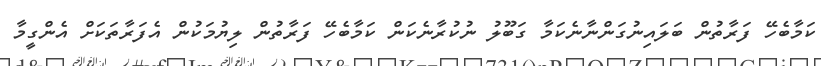
ކަމާބެހޭ ފަރާތުން ބަލައިނުގަންނާނެކަމާ ގަބޫލު ނުކުރާނެކަން ކަމާބެހޭ ފަރާތުން ލިޔުމަކުން އެފަރާތަކަށް އެންގީމާ